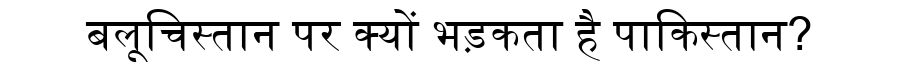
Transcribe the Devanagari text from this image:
बलूचिस्तान पर क्यों भड़कता है पाकिस्तान?